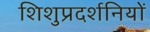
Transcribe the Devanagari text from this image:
शिशुप्रदर्शनियों